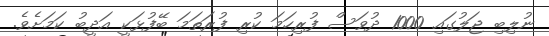
ނުލިބި ޖަލުގައި 1000 ދުވަސް ފުރިހަމަ ކުރި ފުރަތަމަ ބޭފުޅަކީ އަދީބު ކަމަށެވެ.